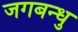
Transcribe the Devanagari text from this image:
जगबन्धु